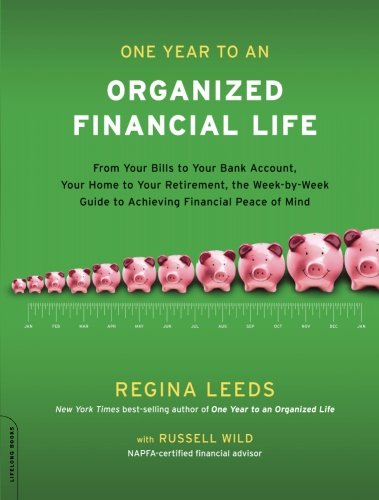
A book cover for One Year to an Organized Financial Life: From Your Bills to Your Bank Account, Your Home to Your Retirement, the Week-by-Week Guide to Achieving Financial Peace of Mind; Regina Leeds; Business & Money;